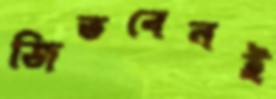
জিতবেনই